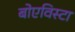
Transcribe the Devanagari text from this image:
बोएविस्टा